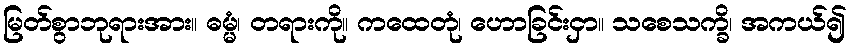
မြတ်စွာဘုရားအား။ ဓမ္မံ၊ တရားကို။ ကထေတုံ၊ ဟောခြင်းငှာ။ သစေသက္ခိ၊ အကယ်၍